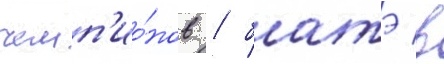
чемп'ио́нов / батэ в